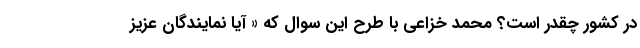
در کشور چقدر است؟ محمد خزاعی با طرح این سوال که « آیا نمایندگان عزیز